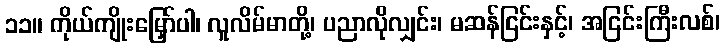
၁၁။ ကိုယ်ကျိုးမြှော်ပါ၊ လူလိမ်မာတို့၊ ပညာလိုလျှင်း၊ မဆန်ငြင်းနှင့်၊ အငြင်းကြီးလစ်၊